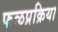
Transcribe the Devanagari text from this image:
फळप्रक्रिया